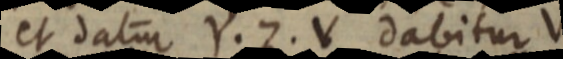
et datur Y. Z. V dabitur V